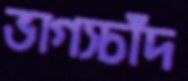
ভাগ্যচাঁদ